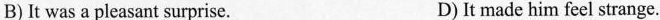
B)It was a pleasant surprise. D)It made him feel strange.